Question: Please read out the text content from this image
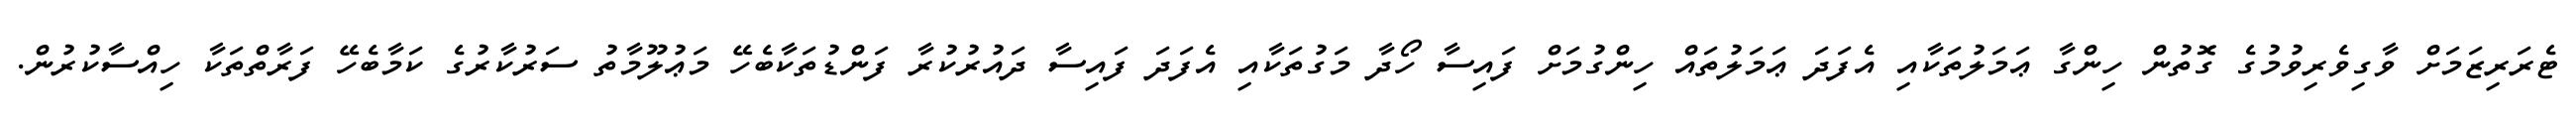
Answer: ޓެރަރިޒަމަށް ވާގިވެރިވުމުގެ ގޮތުން ހިންގާ ޢަމަލުތަކާއި އެފަދަ ޢަމަލުތައް ހިންގުމަށް ފައިސާ ހޯދާ މަގުތަކާއި އެފަދަ ފައިސާ ދައުރުކުރާ ފަންޑުތަކާބެހޭ މަޢުލޫމާތު ސަރުކާރުގެ ކަމާބެހޭ ފަރާތްތަކާ ހިއްސާކުރުން.